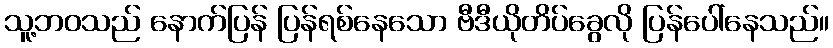
သူ့ဘဝသည် နောက်ပြန် ပြန်ရစ်နေသော ဗီဒီယိုတိပ်ခွေလို ပြန်ပေါ်နေသည်။